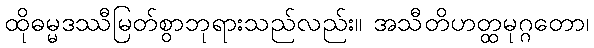
ထိုဓမ္မဒဿီမြတ်စွာဘုရားသည်လည်း။ အသီတိဟတ္ထမုဂ္ဂတော၊